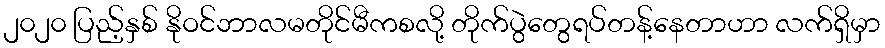
၂၀၂၀ ပြည့်နှစ် နိုဝင်ဘာလမတိုင်မီကစလို့ တိုက်ပွဲတွေရပ်တန့်နေတာဟာ လက်ရှိမှာ